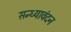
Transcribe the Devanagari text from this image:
सन्ध्यावंदन